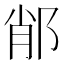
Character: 𨛍